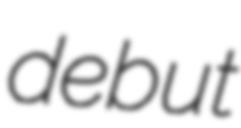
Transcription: debut